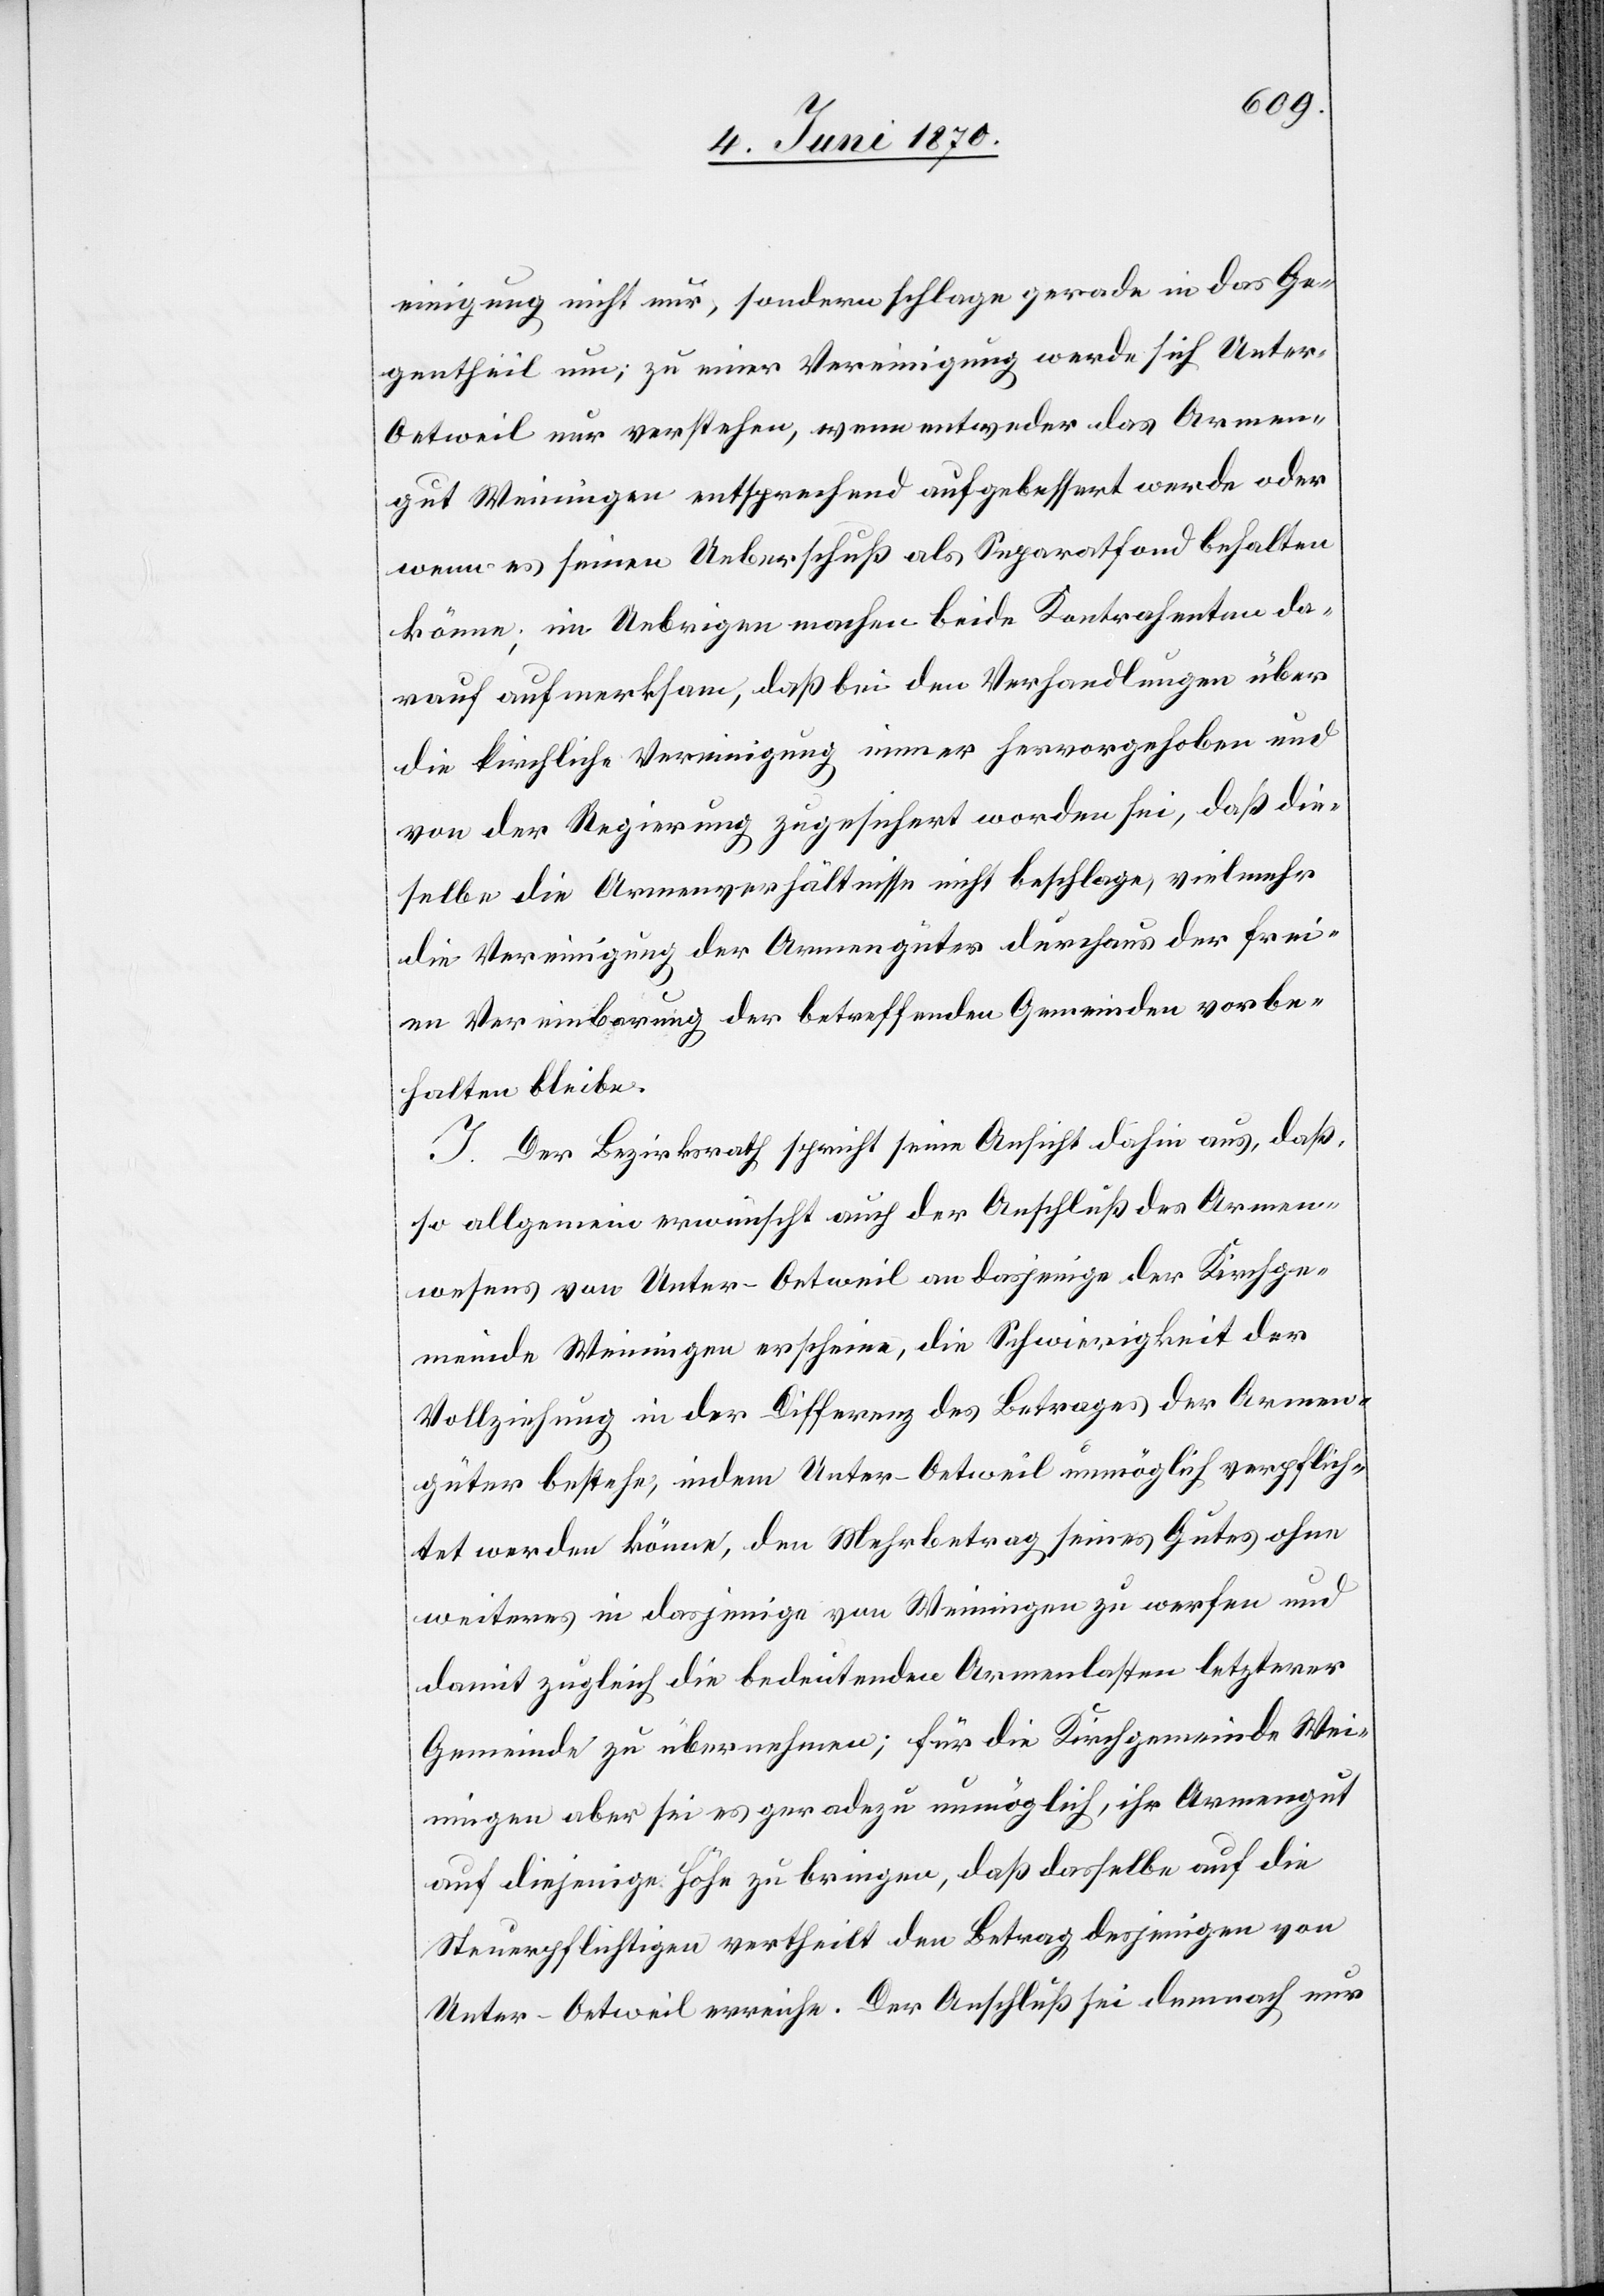
einigung nicht nur, sondern schlage gerade in das Ge¬
gentheil um; zu einer Vereinigung werde sich Unter-O¬
etweil nur verstehen, wenn entweder das Armen¬
gut Weiningen entsprechend aufgebessert werde oder
wenn es seinen Ueberschuß als Separatfond behalten
könne; im Uebrigen machen beide Kontrahenten da¬
rauf aufmerksam, daß bei den Verhandlungen über
die kirchliche Vereinigung immer hervorgehoben und
von der Regierung zugesichert worden sei, daß die¬
selbe die Armenverhältnisse nicht beschlage, vielmehr
die Vereinigung der Armengüter durchaus der frei¬
en Vereinbarung der betreffenden Gemeinden vorbe¬
halten bleibe.
J. Der Bezirksrath spricht seine Ansicht dahin aus, daß,
so allgemein erwünscht auch der Anschluß des Armen¬
wesens von Unter-Oetweil an dasjenige der Kirchge¬
meinde Weiningen erscheine, die Schwierigkeit der
Vollziehung in der Differenz des Betrages der Armen¬
güter bestehe, indem Unter-Oetweil unmöglich verpflich¬
tet werden könnte, den Mehrbetrag seines Gutes ohne
weiteres in dasjenige von Weiningen zu werfen und
damit zugleich die bedeutenden Armenlasten letzterer
Gemeinde zu übernehmen; für die Kirchgemeinde Wei¬
ningen aber sei es geradezu unmöglich, ihr Armengut
auf diejenige Höhe zu bringen, daß dasselbe auf die
Steuerpflichtigen vertheilt den Betrag desjenigen von
Unter-Oetweil erreiche. Der Anschluß sei demnach nur